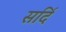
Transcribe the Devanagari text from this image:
सर्दि